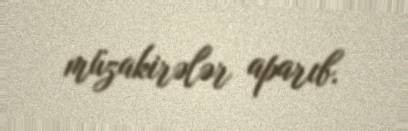
müzakirələr aparıb.